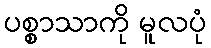
ပစ္စာသာကို မူလပုံ